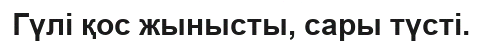
Гүлі қос жынысты, сары түсті.